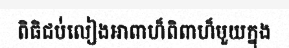
ពិធិជប់់លៀងអាពាហ៏ពិពាហ៏មួយក្នុង